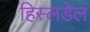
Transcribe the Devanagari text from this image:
हिस्लडेल